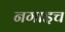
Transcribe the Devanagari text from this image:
नगाइच